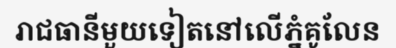
រាជធានីមួយទៀតនៅលើភ្នំគូលែន